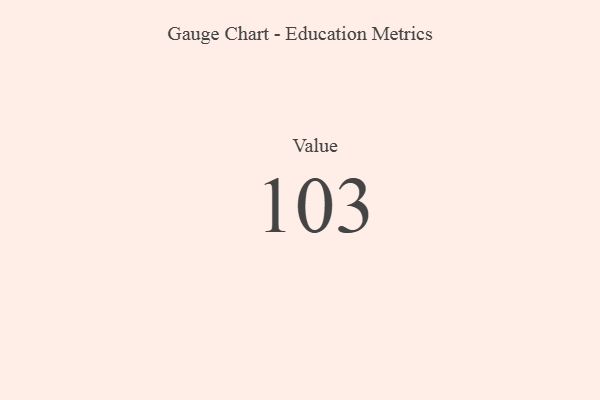
{"axis": {"x": "Metric", "y": "Value"}, "legend": [""], "data": [{"x": "Value", "y": 103, "type": ""}]}